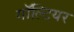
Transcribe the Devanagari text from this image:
गॉल्टियर